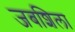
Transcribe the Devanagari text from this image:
जबशिला